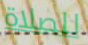
للصلاة